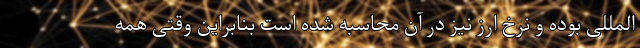
المللی بوده و نرخ ارز نیز در آن محاسبه شده است بنابراین وقتی همه